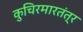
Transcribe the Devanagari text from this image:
कुचिरमारतंत्र